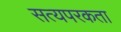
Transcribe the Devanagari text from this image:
सत्यपरकता